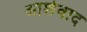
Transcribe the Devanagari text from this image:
आर्शवाद